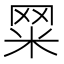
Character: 𦊮